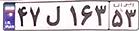
۴۷ل۱۶۳۵۳